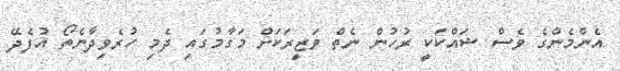
އެންމެންގެ ވެސް ޝައްކަކީ ރުހުން ނެތް ވަޒީރަކަށް މަގާމުގައި ދެމި ހުރެވިދާނެތޯ އުފެދޭ